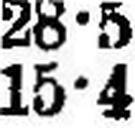
15•4